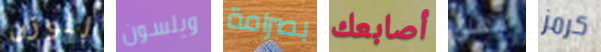
للوزن ويلسون بصرامة أصابعك مقلي كرمز